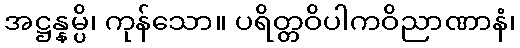
အဋ္ဌန္နမ္ပိ၊ ကုန်သော။ ပရိတ္တဝိပါကဝိညာဏာနံ၊